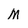
Character: M